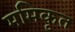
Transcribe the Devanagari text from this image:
ममिकृत